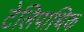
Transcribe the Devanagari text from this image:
टेलिपाथिक